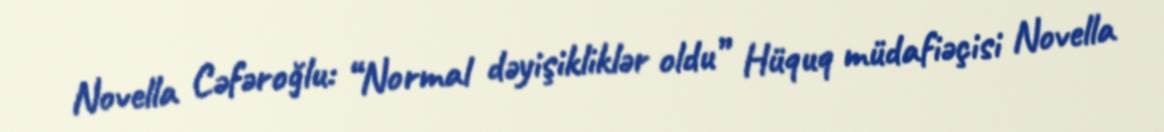
Novella Cəfəroğlu: “Normal dəyişikliklər oldu” Hüquq müdafiəçisi Novella